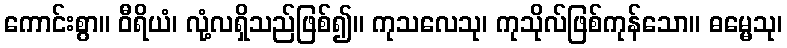
ကောင်းစွာ။ ဝီရိယံ၊ လုံ့လရှိသည်ဖြစ်၍။ ကုသလေသု၊ ကုသိုလ်ဖြစ်ကုန်သော။ ဓမ္မေသု၊